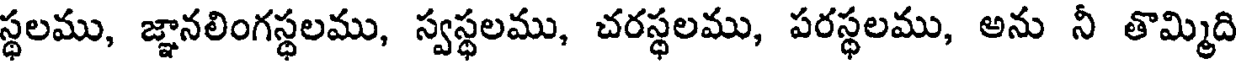
స్థలము, జ్ఞానలింగస్థలము, స్వస్థలము, చరస్థలము, పరస్థలము, అను నీ తొమ్మిది